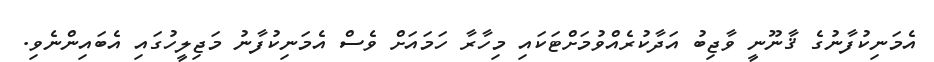
އެމަނިކުފާނުގެ ޤާނޫނީ ވާޖިބު އަދާކުރެއްވުމަށްޓަކައި މިހާރާ ހަމައަށް ވެސް އެމަނިކުފާނު މަޖިލީހުގައި އެބައިންނެވި.